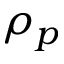
\rho _ { p }